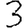
Digit: 3